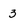
Character: 3